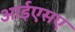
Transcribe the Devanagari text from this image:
आईएसए